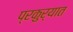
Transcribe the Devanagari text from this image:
प्रकुर्यात